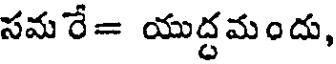
సమరే= యుద్దమందు,